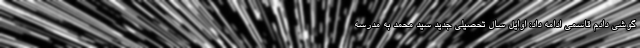
گوشی دادم قاسمی ادامه داد: اوایل سال تحصیلی جدید سید محمد به مدرسه